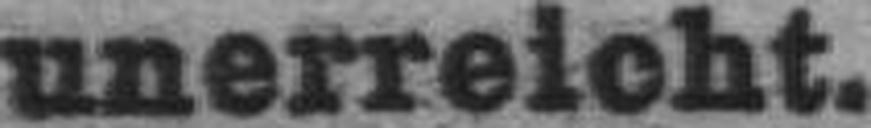
unerreicht.